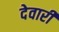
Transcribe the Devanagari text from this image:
देवारी